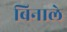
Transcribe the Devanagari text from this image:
बिनाले